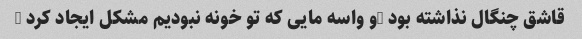
قاشق چنگال نذاشته بود …و واسه مایی که تو خونه نبودیم مشکل ایجاد کرد …